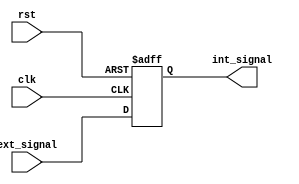
`timescale 1ns / 1ps
`default_nettype none
//////////////////////////////////////////////////////////////////////////////////
// Company: 
// Engineer: 
// 
// Design Name: 
// Module Name: ExtToIntSync
// Project Name: 
// Target Devices: 
// Tool Versions: 
// Description: 
// 
// Dependencies: 
// 
// Revision:
// Revision 0.01 - File Created
// Additional Comments:
// 
//////////////////////////////////////////////////////////////////////////////////


module ExtToIntSync(
	input wire clk,
	input wire rst,
	input wire ext_signal,
	output reg int_signal
);

always @(posedge clk or posedge rst) begin
	if (rst) begin
		int_signal = 0;
	end
	else begin
		int_signal = ext_signal;
	end
end

endmodule